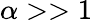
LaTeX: \alpha>>1